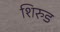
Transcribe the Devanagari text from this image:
शिरुड